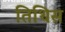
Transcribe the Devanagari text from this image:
तिथिस